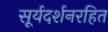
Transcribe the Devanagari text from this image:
सूर्यदर्शनरहित